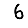
Digit: 6